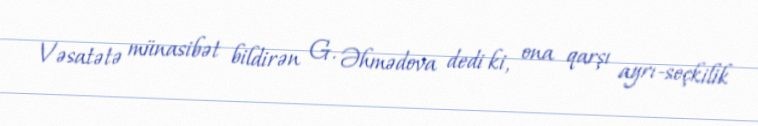
Vəsatətə münasibət bildirən G. Əhmədova dedi ki, ona qarşı ayrı-seçkilik